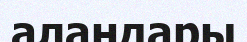
алаңдары